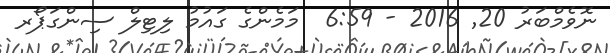
ނޮވެމްބަރު 20